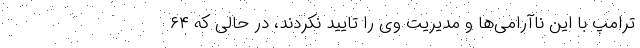
ترامپ با این ناآرامی‌ها و مدیریت وی را تایید نکردند، در حالی که ۶۴